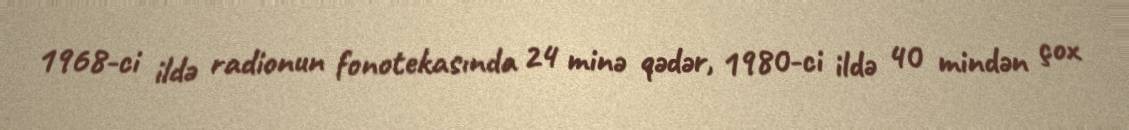
1968-ci ildə radionun fonotekasında 24 minə qədər, 1980-ci ildə 40 mindən çox